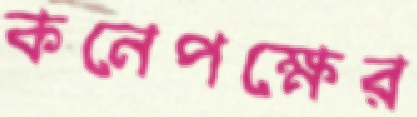
কনেপক্ষের